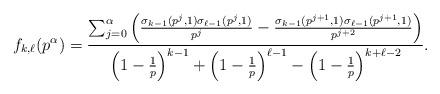
LaTeX: \begin{align*} f_{k,\ell}(p^{\alpha}) = \frac{ \sum_{j=0}^{\alpha} \Big( \frac{\sigma_{k-1}(p^j,1)\sigma_{\ell-1}(p^j,1) } {p^{j}} - \frac{\sigma_{k-1}(p^{j+1},1)\sigma_{\ell-1}(p^{j+1},1) }{p^{j+2}} \Big)}{ \Big( 1-\frac{1}{p} \Big)^{k-1} + \Big( 1-\frac{1}{p} \Big)^{\ell-1} - \Big ( 1-\frac{1}{p} \Big )^{k+\ell-2}}.\end{align*}